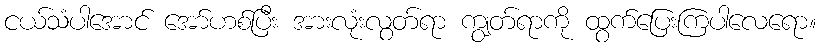
ငယ်သံပါအောင် အော်ဟစ်ပြီး အားလုံးလွတ်ရာ ကျွတ်ရာကို ထွက်ပြေးကြပါလေရော။